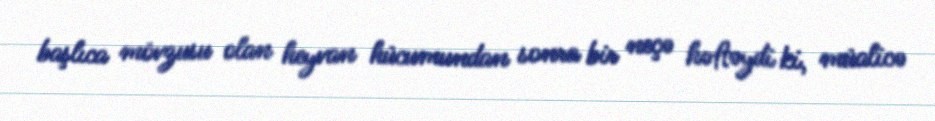
başlıca mövzusu olan heyvan hücumundan sonra bir neçə həftəydi ki, müalicə